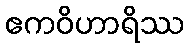
ဧကဝိဟာရိဿ